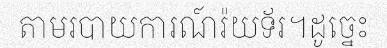
តាមរបាយការណ៍រ៉យទ័រ។ដូច្នេះ